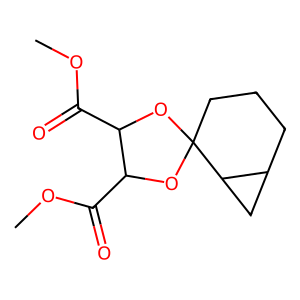
SMILES: COC(=O)C1OC2(CCCC3CC32)OC1C(=O)OC
Inhibits HIV replication: No